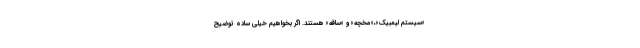
«سیستم لیمبیک»،«مخچه» و «ساقه» هستند. اگر بخواهیم خیلی ساده توضیح